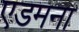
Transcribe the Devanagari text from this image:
एडमना